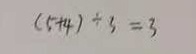
( 5 + 4 ) \div 3 = 3